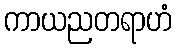
ကာယညတရာဟံ